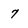
Character: 7